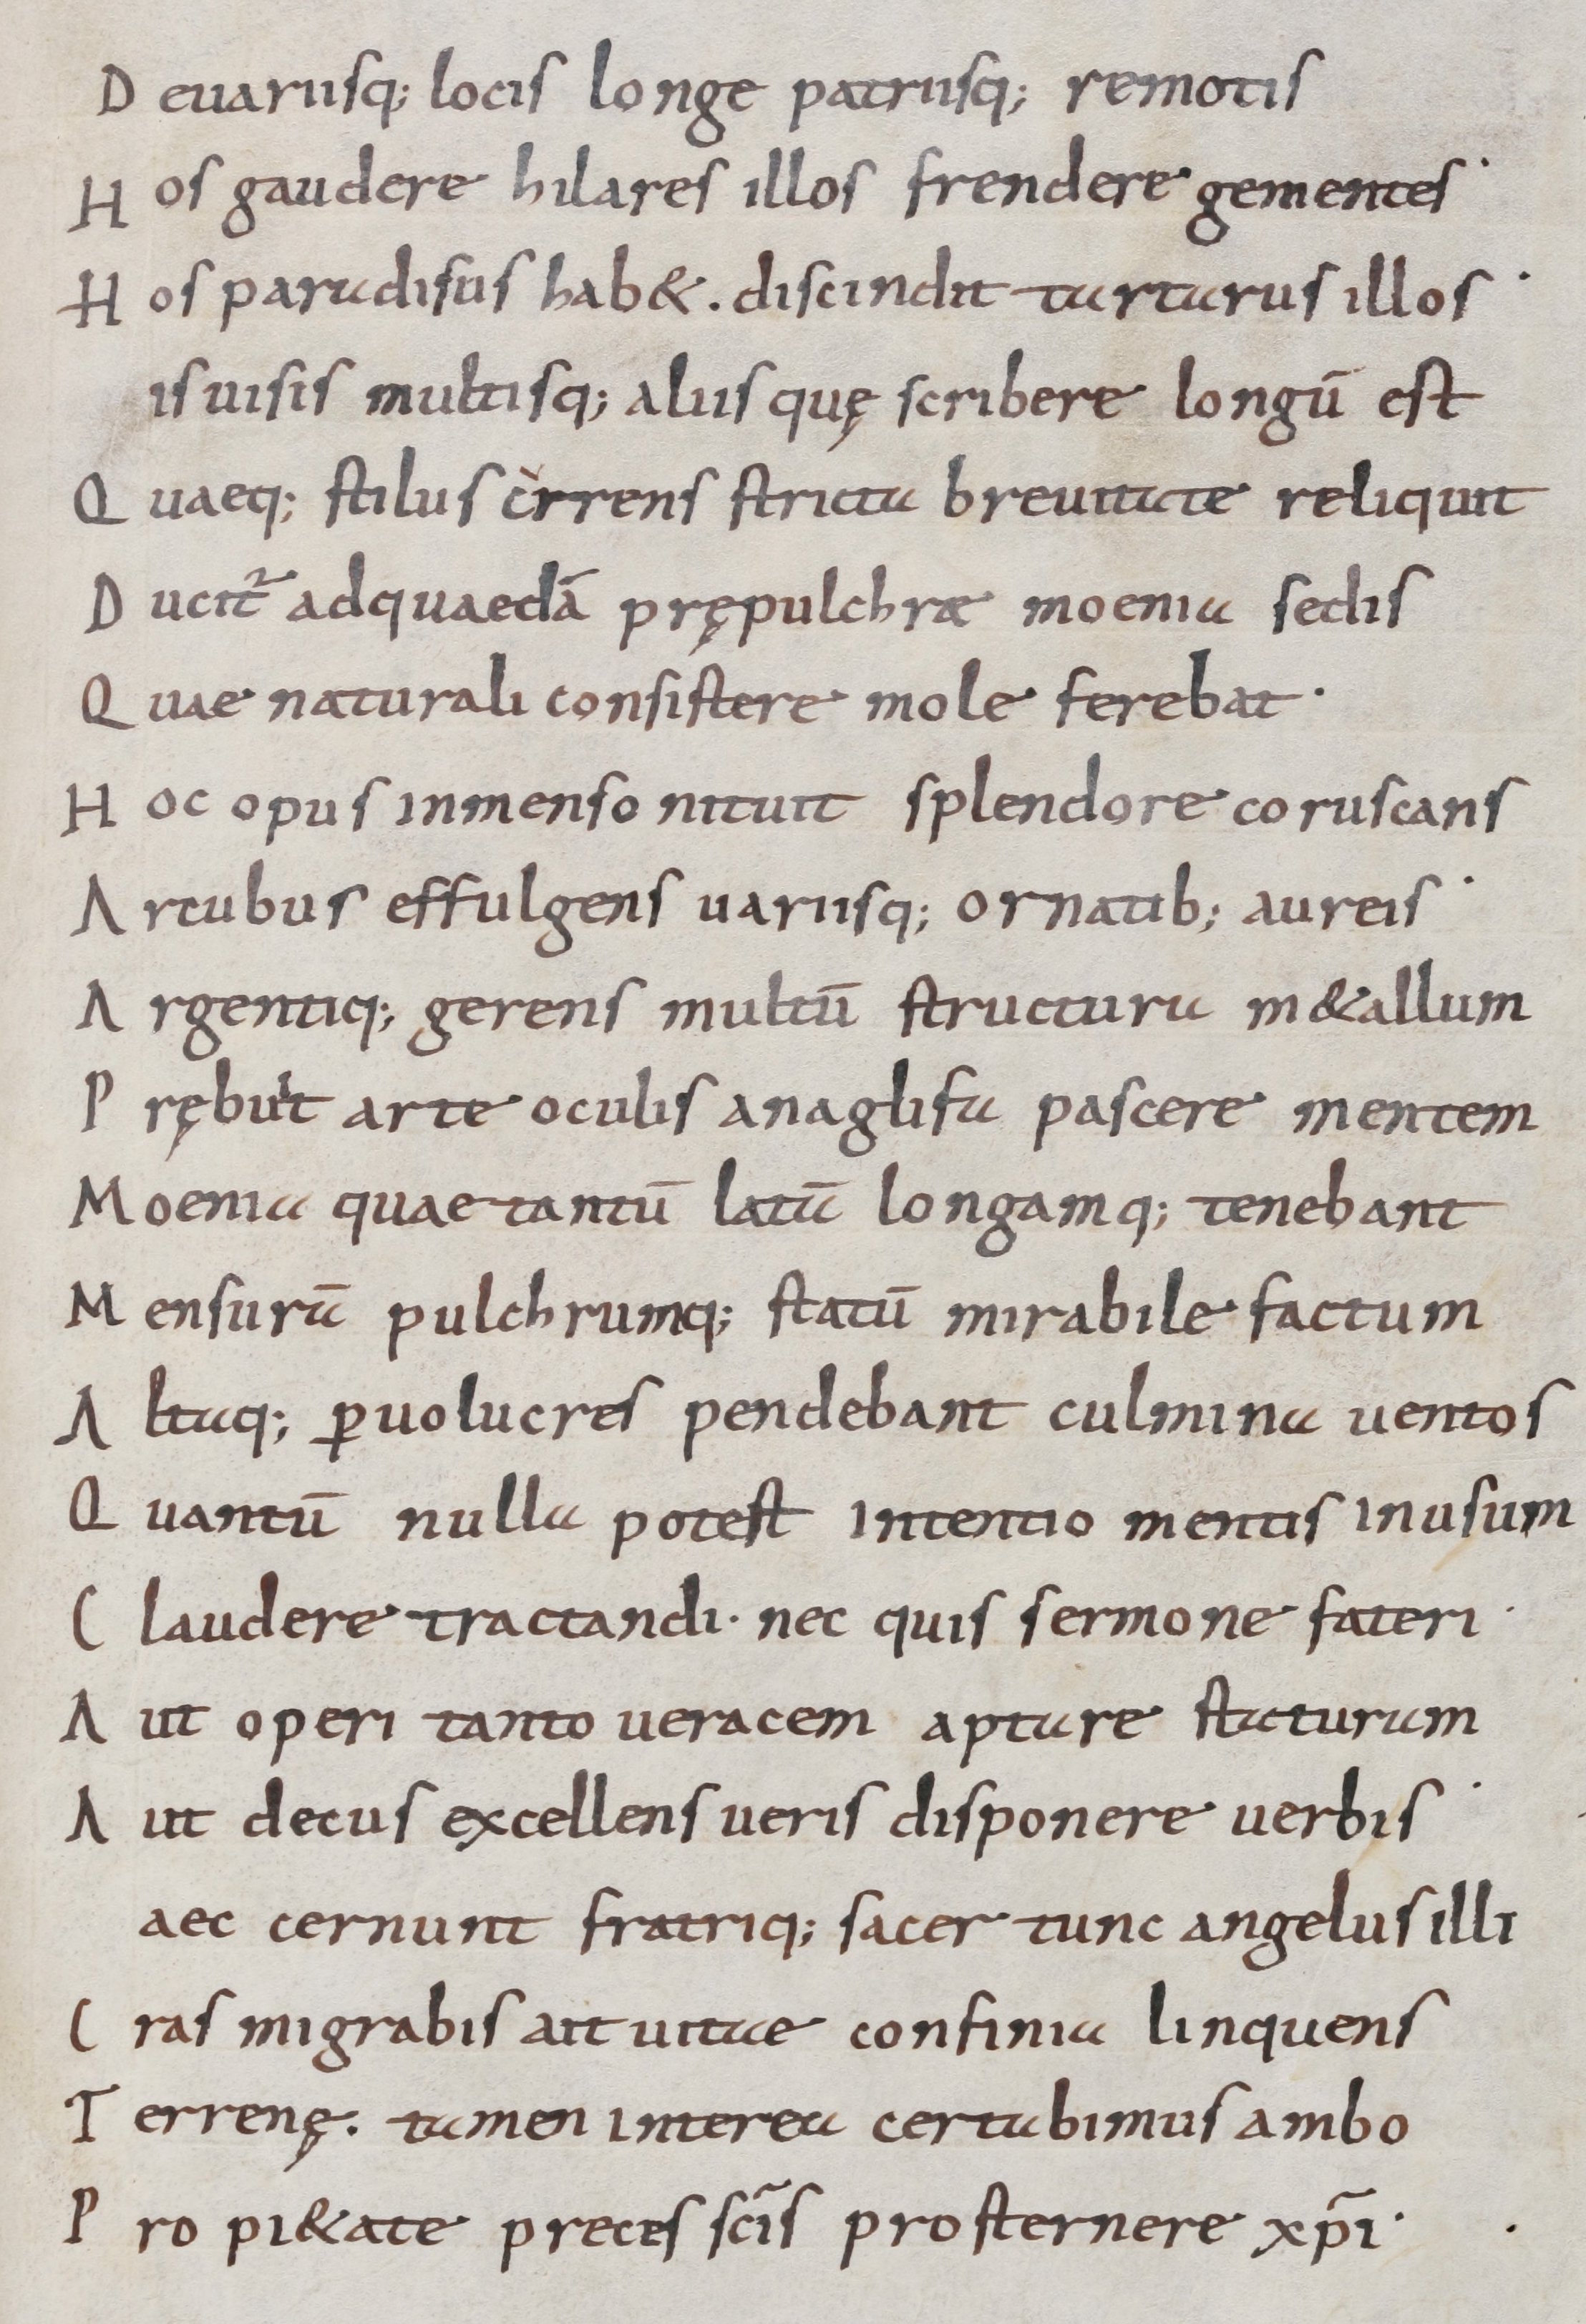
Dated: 800–999